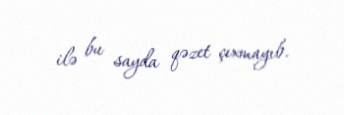
ilə bu sayda qəzet çıxmayıb.